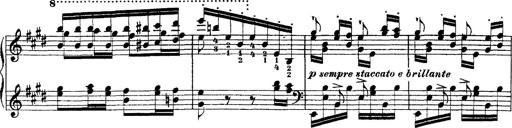
Title: Ã‰tudes d'exÃ©cution transcendante d'aprÃ¨s Paganini
Composer: Franz Liszt